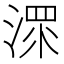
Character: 𱨁